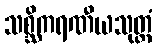
သစ္ဆိကရဏီယသုတ္တံ